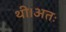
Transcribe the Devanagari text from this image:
थी।अतः